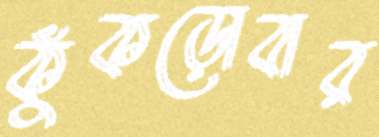
কুঁকড়োবার